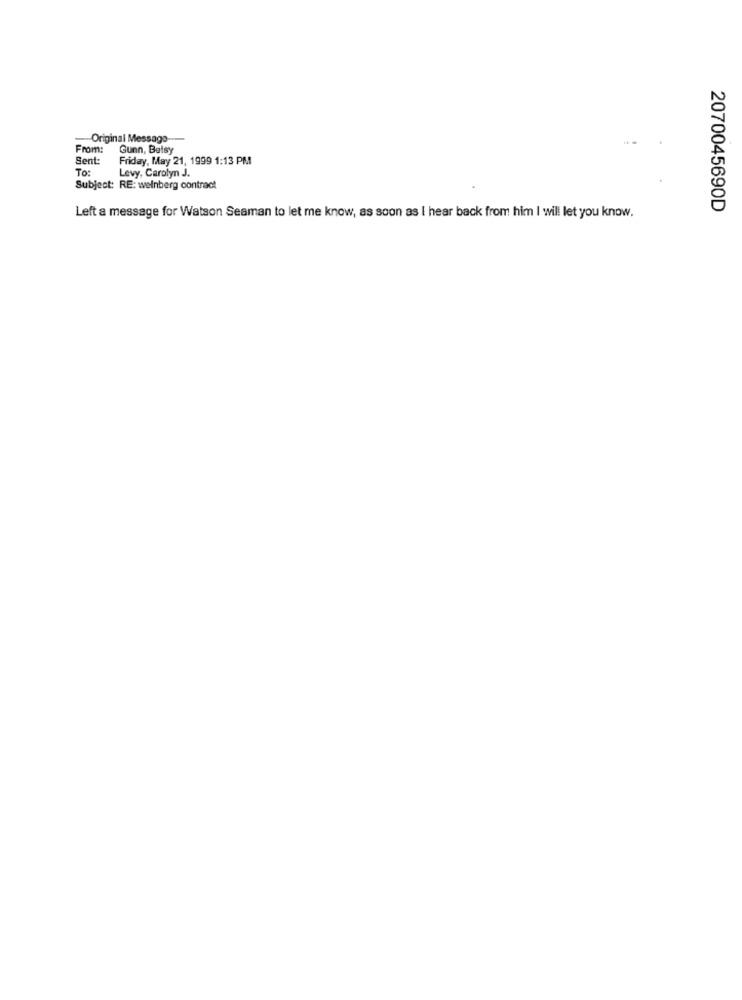
-Original Message-
From:
Gunn, Betsy
Sent
Friday, May 21, 1999 1:13 PM
To:
Levy, Carolyn J.
Subject: RE: weinberg contract
2070045690D
Left a message for Watson Seaman to let me know, as soon as I hear back from him I will let you know.